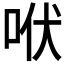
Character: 𰇛